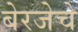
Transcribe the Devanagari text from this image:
बेरजेचे